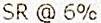
SR @ 6%